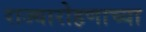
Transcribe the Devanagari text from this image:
राज्यारोहणाच्या